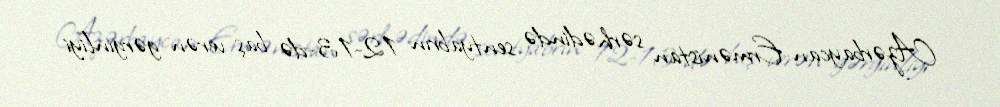
Azərbaycan-Ermənistan sərhədində sentyabrın 12-13-də baş verən gərginliyi